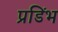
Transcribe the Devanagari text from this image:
प्रडिंभ